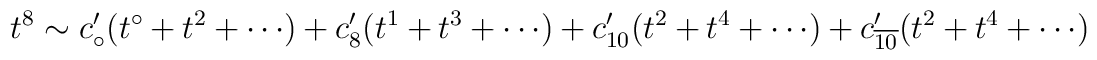
t ^8 \sim c'_\circ (t ^\circ +t^2 + \cdots ) + c' _8 (t^1+t^3 + \cdots ) +c'_{10} ( t^2 + t^4 + \cdots ) + c'_{\overline {10}} (t^2 + t^4 +\cdots )